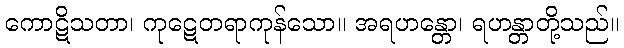
ကောဋိသတာ၊ ကုဋေတရာကုန်သော။ အရဟန္တော၊ ရဟန္တာတို့သည်။